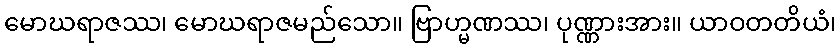
မောဃရာဇဿ၊ မောဃရာဇမည်သော။ ဗြာဟ္မဏဿ၊ ပုဏ္ဏားအား။ ယာဝတတိယံ၊